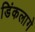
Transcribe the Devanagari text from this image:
डिंकलागे